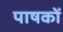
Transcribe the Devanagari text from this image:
पाषकों